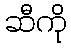
ဆီကို